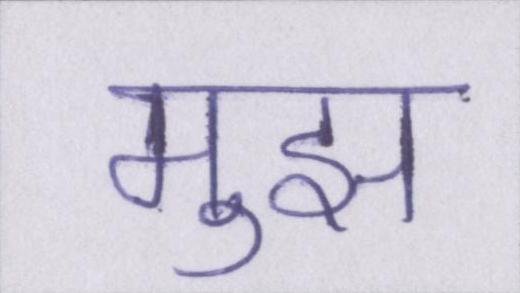
मुझ